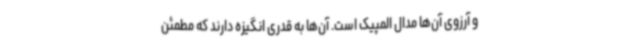
و آرزوی آن‌ها مدال المپیک است. آن‌ها به قدری انگیزه دارند که مطمئن